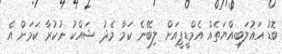
ބޮޑު އަޣުލަބިއްޔަތެއް އެމްޑީޕީއަށް ލިބޭނެ ކަމާ މެދު ޝައްކު ނުކުރާ ކަމަށް އެ